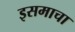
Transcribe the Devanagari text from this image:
इसमाचा